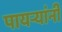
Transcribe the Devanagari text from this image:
पायर्‍यांनी